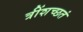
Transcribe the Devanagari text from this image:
त्रींशच्छतं